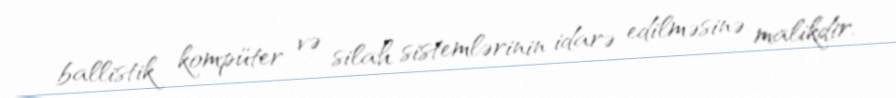
ballistik kompüter və silah sistemlərinin idarə edilməsinə malikdir.